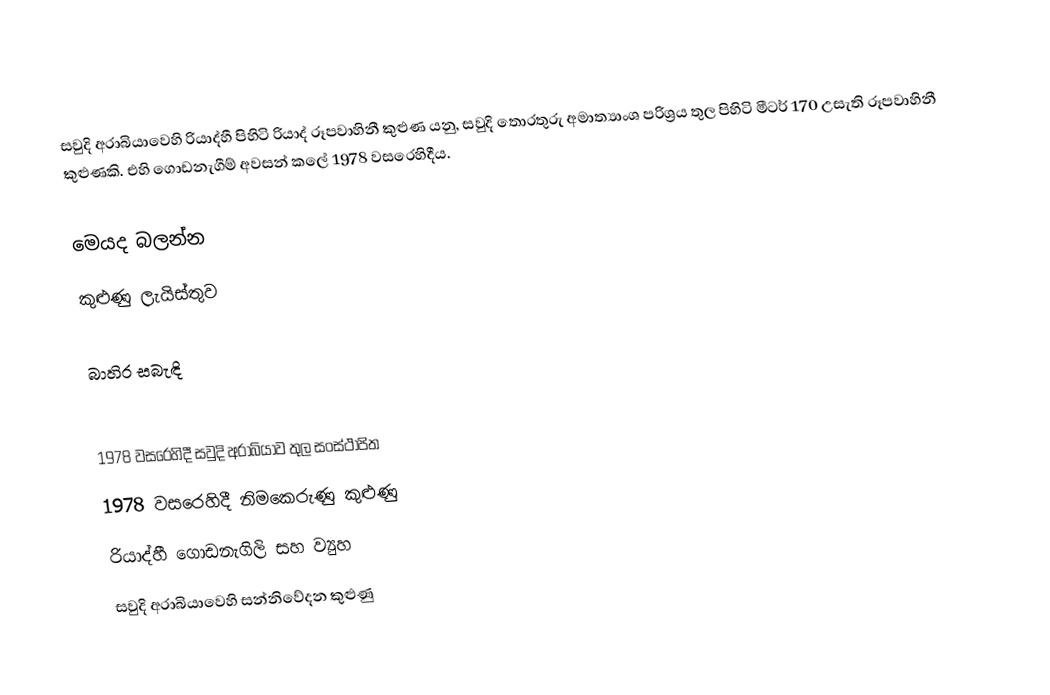
සවුදි අරාබියාවෙහි රියාද්හී පිහිටි රියාද් රූපවාහිනී කුළුණ යනු, සවුදි තොරතුරු අමාත්‍යාංශ පරිශ්‍රය තුල පිහිටි මීටර් 170 උසැති රූපවාහිනී කුළුණකි. එහි ගොඩනැගීම් අවසන් කලේ  1978 වසරෙහිදීය.

මෙයද බලන්න
කුළුණු ලැයිස්තුව

බාහිර සබැඳි

1978 වසරෙහිදී සවුදි අරාබියාව තුල සංස්ථාපිත
 1978 වසරෙහිදී නිමකෙරුණු කුළුණු
රියාද්හී ගොඩනැගිලි සහ ව්‍යුහ
සවුදි අරාබියාවෙහි සන්නිවේදන කුළුණු